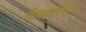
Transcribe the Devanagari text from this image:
सिनाईमधून